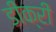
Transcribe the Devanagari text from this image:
डीक्री